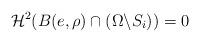
LaTeX: \begin{align*}\mathcal{H}^{2} (B(e,\rho) \cap (\Omega \backslash S_i))=0\end{align*}